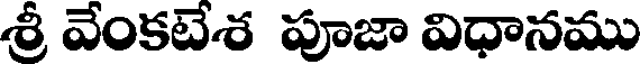
శ్రీ వేంకటేశ పూజా విధానము